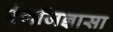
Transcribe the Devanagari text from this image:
रंगजिज्ञासा